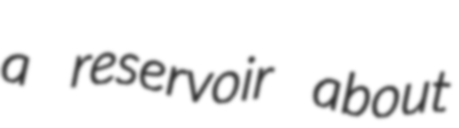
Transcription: a reservoir about